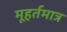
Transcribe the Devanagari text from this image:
मूहर्तमात्र